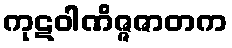
ကုဋဝါဏိဇ္ဇဇာတက